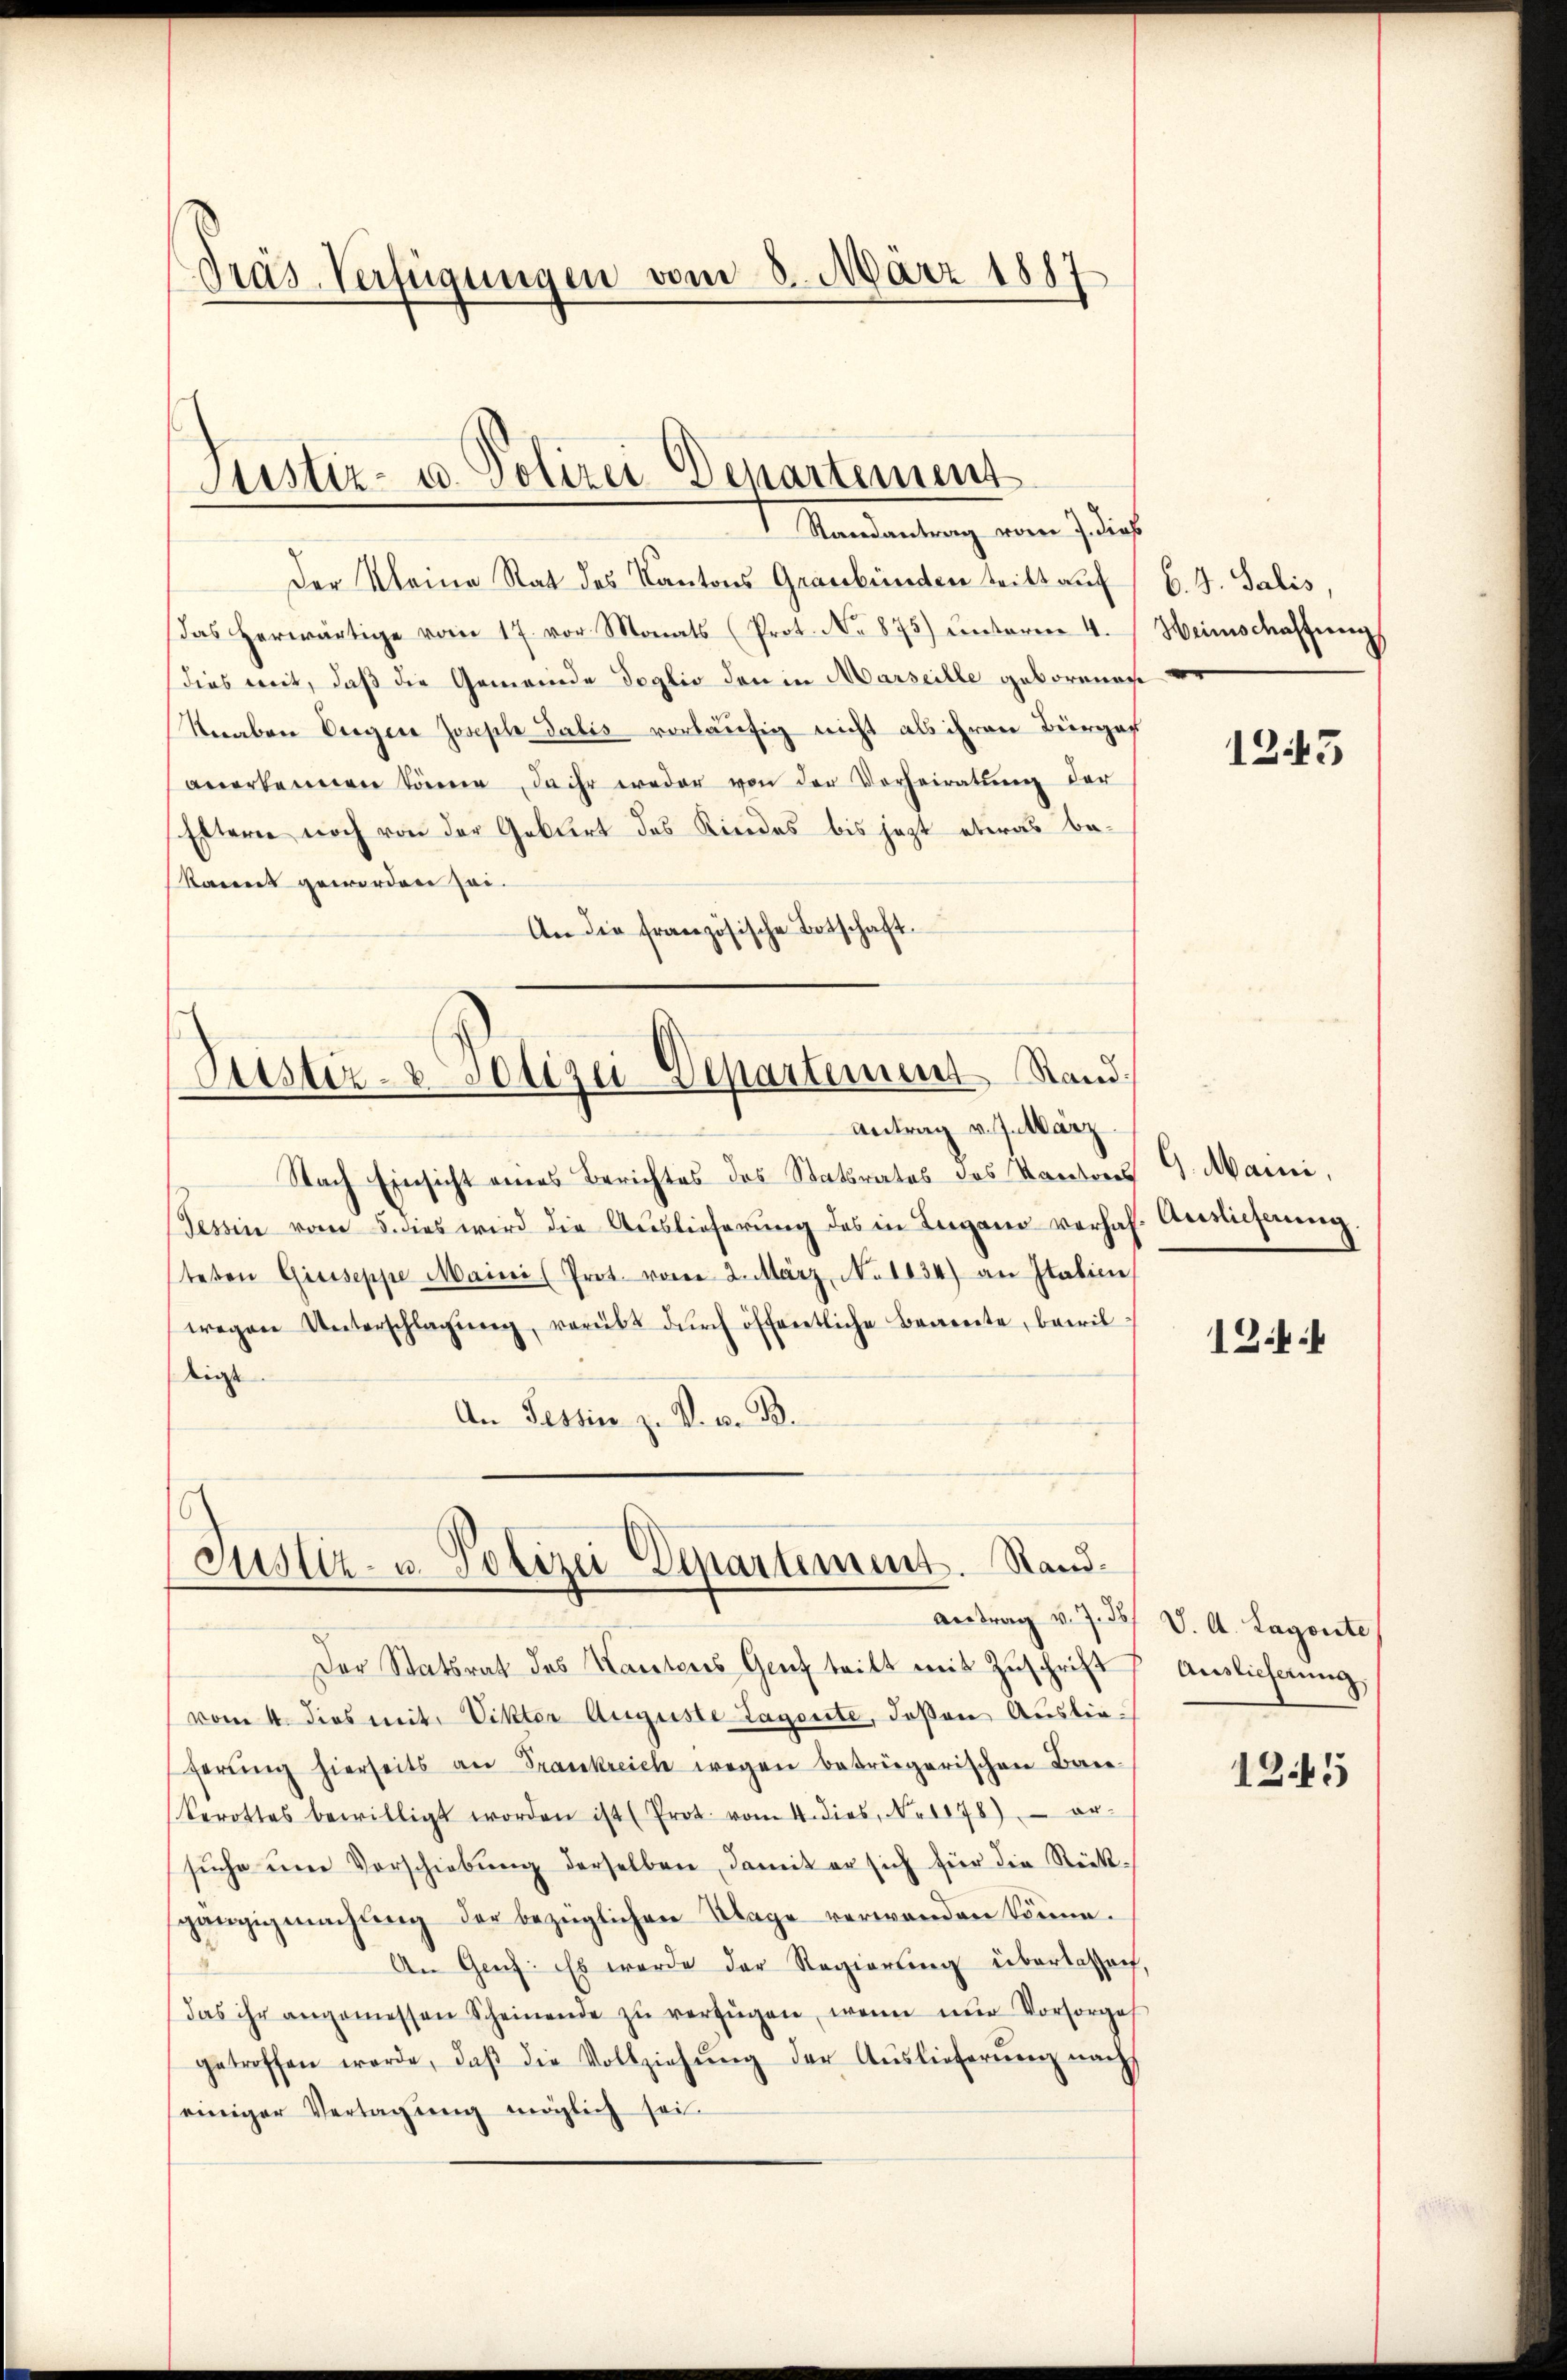
Präs. Verfügungen vom 8. März 1887

Der Kleine Rat des Kantons Graubünden teilt auf
das herwärtige vom 17. vor Monats (Prot. No 875) unterm 4.
dies mit, daß die Gemeinde doglio den in Marseille geborenen
Veraber Verger Joseph Dalis vorläufig nicht als ihren Bürger
anerkennen könne, da ihr weder von der Vorheiratung der
Eltern noch von der Gablirt des Kindes bis jezt etwas bekannt geworden sei.
An die französische Botschaft.

Sistiz- u. Polizei Departement
Randantrag vom 7. dies

Justiz- & Polizei-Departement Stand.

7
Justiz- u. Polizei Departement. Rand¬

Antrag v. J. März
Nach Einsicht eines Berichtes des Statsrates des Kantons 9. Maini,
Tessin vom 5. dies wird die Aŭslieferŭng des in Lugano verhaf. Auslicherŭng.
steten Giuseppe Maini (Prot. vom 2. März, No. 1834) an Italien,
wegen Unterschlagŭng, verübt dŭrch öffentliche Baarente, bewil-
dige
An Tessin z. B. v. B.

Der Statsrat des Kantones Genf teilt mit Zuschrift
(vom 4. dies mit. Viktor Auguste Lagerte, deßen Auslieferŭng hierseits an Frankreich wegen beträgerischen Bare
berottes bewilligt worden ist (Prot. vom 4. dies, Nr. 1078) er-
sŭche um Vorschiebung derselben damit er sich für die Rückgängigmachung der bezüglichen Klage verwenden könne.
An Gruf: Es wurde der Regierung überlassen,
das ihr angemessen Scheinende zŭ verfügen, wenn nur Vorsorges
getroffen werde, daβ die Vollziehŭng der Aŭslieferŭng nach
einiger Vertagung möglich sei

B. G. Salis,
Heimschaffung
.

1243

1244

Antrag v. J. J. V. A. Lagonte
Auslieferung

1245